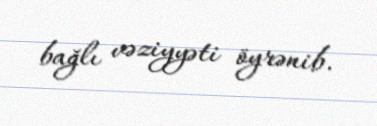
bağlı vəziyyəti öyrənib.